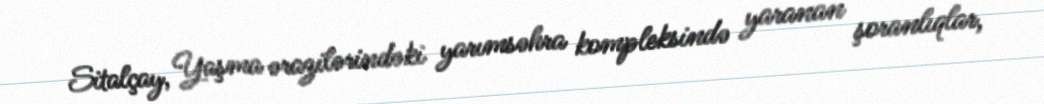
Sitalçay, Yaşma ərazilərindəki yarımsəhra kompleksində yaranan şoranlıqlar,